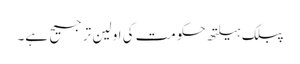
پبلک ہیلتھ حکومت کی اولین ترجیح ہے۔